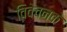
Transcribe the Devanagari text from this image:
विवेचनके